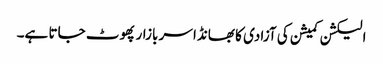
الیکشن کمیشن کی آزادی کا بھانڈا سر بازار پھوٹ جاتا ہے۔